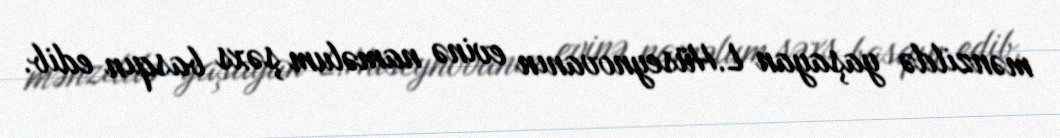
mənzildə yaşayan L.Hüseynovanın evinə naməlum şəxs basqın edib.